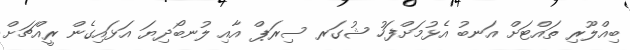
ބިއްލޫރި ތައްޓަށް އަނބު އެޅުމަށްފަހު ޝުގަރ ސިރަޕް އާއި ލުނބޯދިޔަ އަޅައިގެން ރީއްޗަށް